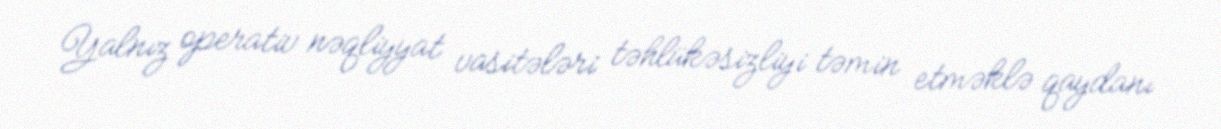
Yalnız operativ nəqliyyat vasitələri təhlükəsizliyi təmin etməklə qaydanı